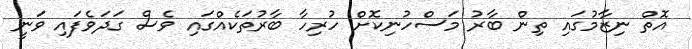
އޮތް ނިޒާމުގައި ތިން ބާރު މަސްހުނިކޮށް ހުރިހާ ބާރުތަކެއްގައި ވެސް ގަދަވެފައި ވަނީ